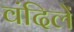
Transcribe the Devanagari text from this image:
वंदिलें